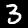
Label: 3